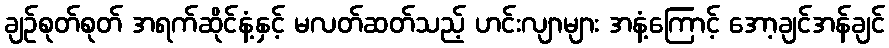
ချဉ်စုတ်စုတ် အရက်ဆိုင်နံ့နှင့် မလတ်ဆတ်သည့် ဟင်းလျာများ အနံ့ကြောင့် အော့ချင်အန်ချင်